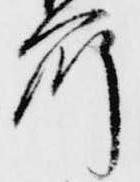
所